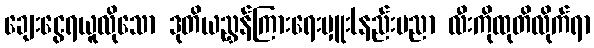
ချေးငွေရယူလိုသော ဒုတိယညွှန်ကြားရေးမှူး(နည်းပညာ လီးကိုထုတိလိုက်ရာ